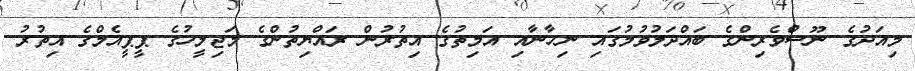
މިއަދުގެ ނޫސްވެރިންގެ ބައްދަލުވުމުގައި ނިހާނާއި އަމިތުގެ އިތުރުން ރައްޔިތުންގެ މަޖިލީހުގެ ޕީޕީއެމްގެ އިތުރު